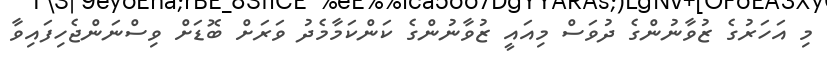
މި އަހަރުގެ ޒުވާނުންގެ ދުވަސް މިއައީ ޒުވާނުންގެ ކަންކަމާމެދު ވަރަށް ބޮޑަށް ވިސްނަންޖެހިފައިވާ